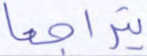
يتراجعا